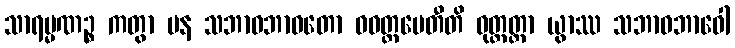
သာရမ္မဏဉ္စ ကတွာ ပန သဘာဝဘာဝတော ဝဝတ္ထပေတီတိ ဝုတ္တတ္တာ ယွာဿ သဘာဝဘာဝေါ